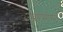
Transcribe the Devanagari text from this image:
उद्यामागे